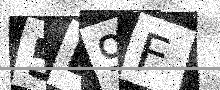
Text: 5D9F